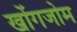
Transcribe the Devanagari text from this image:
खोंगजोम